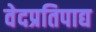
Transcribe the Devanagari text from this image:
वेदप्रतिपाद्य